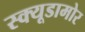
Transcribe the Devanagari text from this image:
स्क्यूडामोर